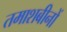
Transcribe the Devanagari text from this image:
तमाशबीनों